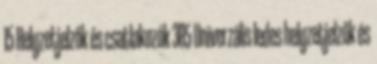
15 Helyzetjelzők és csatlakozók 385 Univerzális ledes helyzetjelzők és